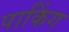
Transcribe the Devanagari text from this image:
पाकिंग